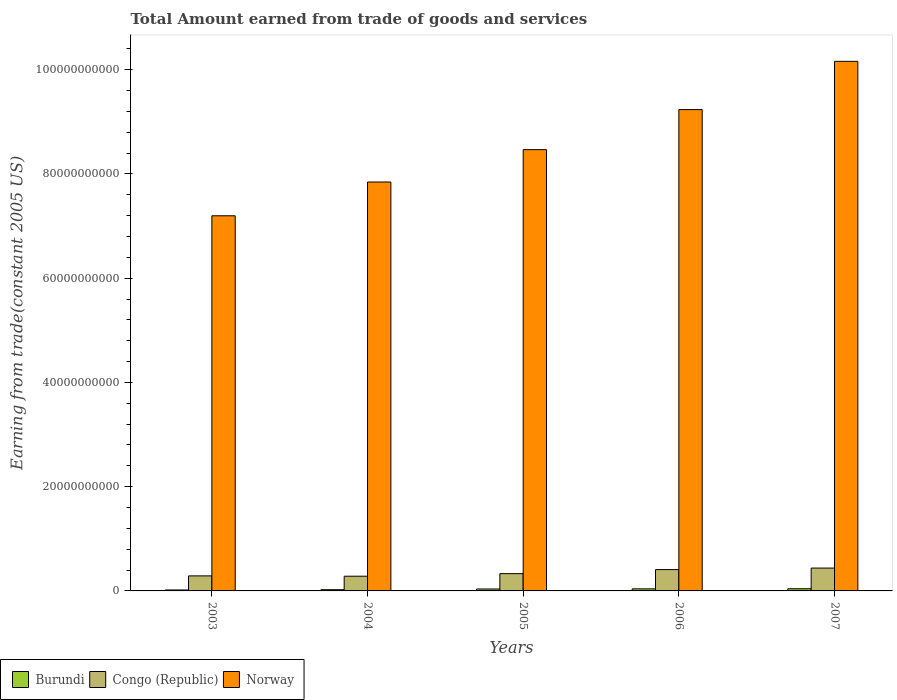
| Years | Burundi | Congo (Republic) | Norway |
 | --- | --- | --- | --- |
 | 2003 | 1.82e+08 | 2.88e+09 | 7.2e+10 |
 | 2004 | 2.31e+08 | 2.82e+09 | 7.85e+10 |
 | 2005 | 3.74e+08 | 3.32e+09 | 8.47e+10 |
 | 2006 | 3.99e+08 | 4.09e+09 | 9.24e+10 |
 | 2007 | 4.18e+08 | 4.39e+09 | 1.02e+11 |